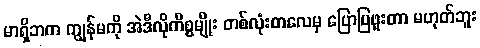
မာရှိဘက ကျွန်မကို အဲဒီလိုကိစ္စမျိုး တစ်လုံးတလေမှ ပြောပြဖူးတာ မဟုတ်ဘူး